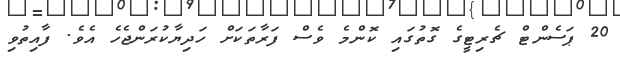
20 ޕަސެންޓް ޗެރިޓީގެ ގޮތުގައި ކޮންމެ ވެސް ފަރާތަކަށް ހަދިޔާކުރަންޖެހެ އެވެ. ފާއިތުވި